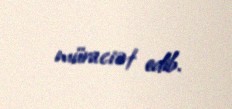
müraciət edib.